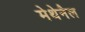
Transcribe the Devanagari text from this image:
मेथेनैल